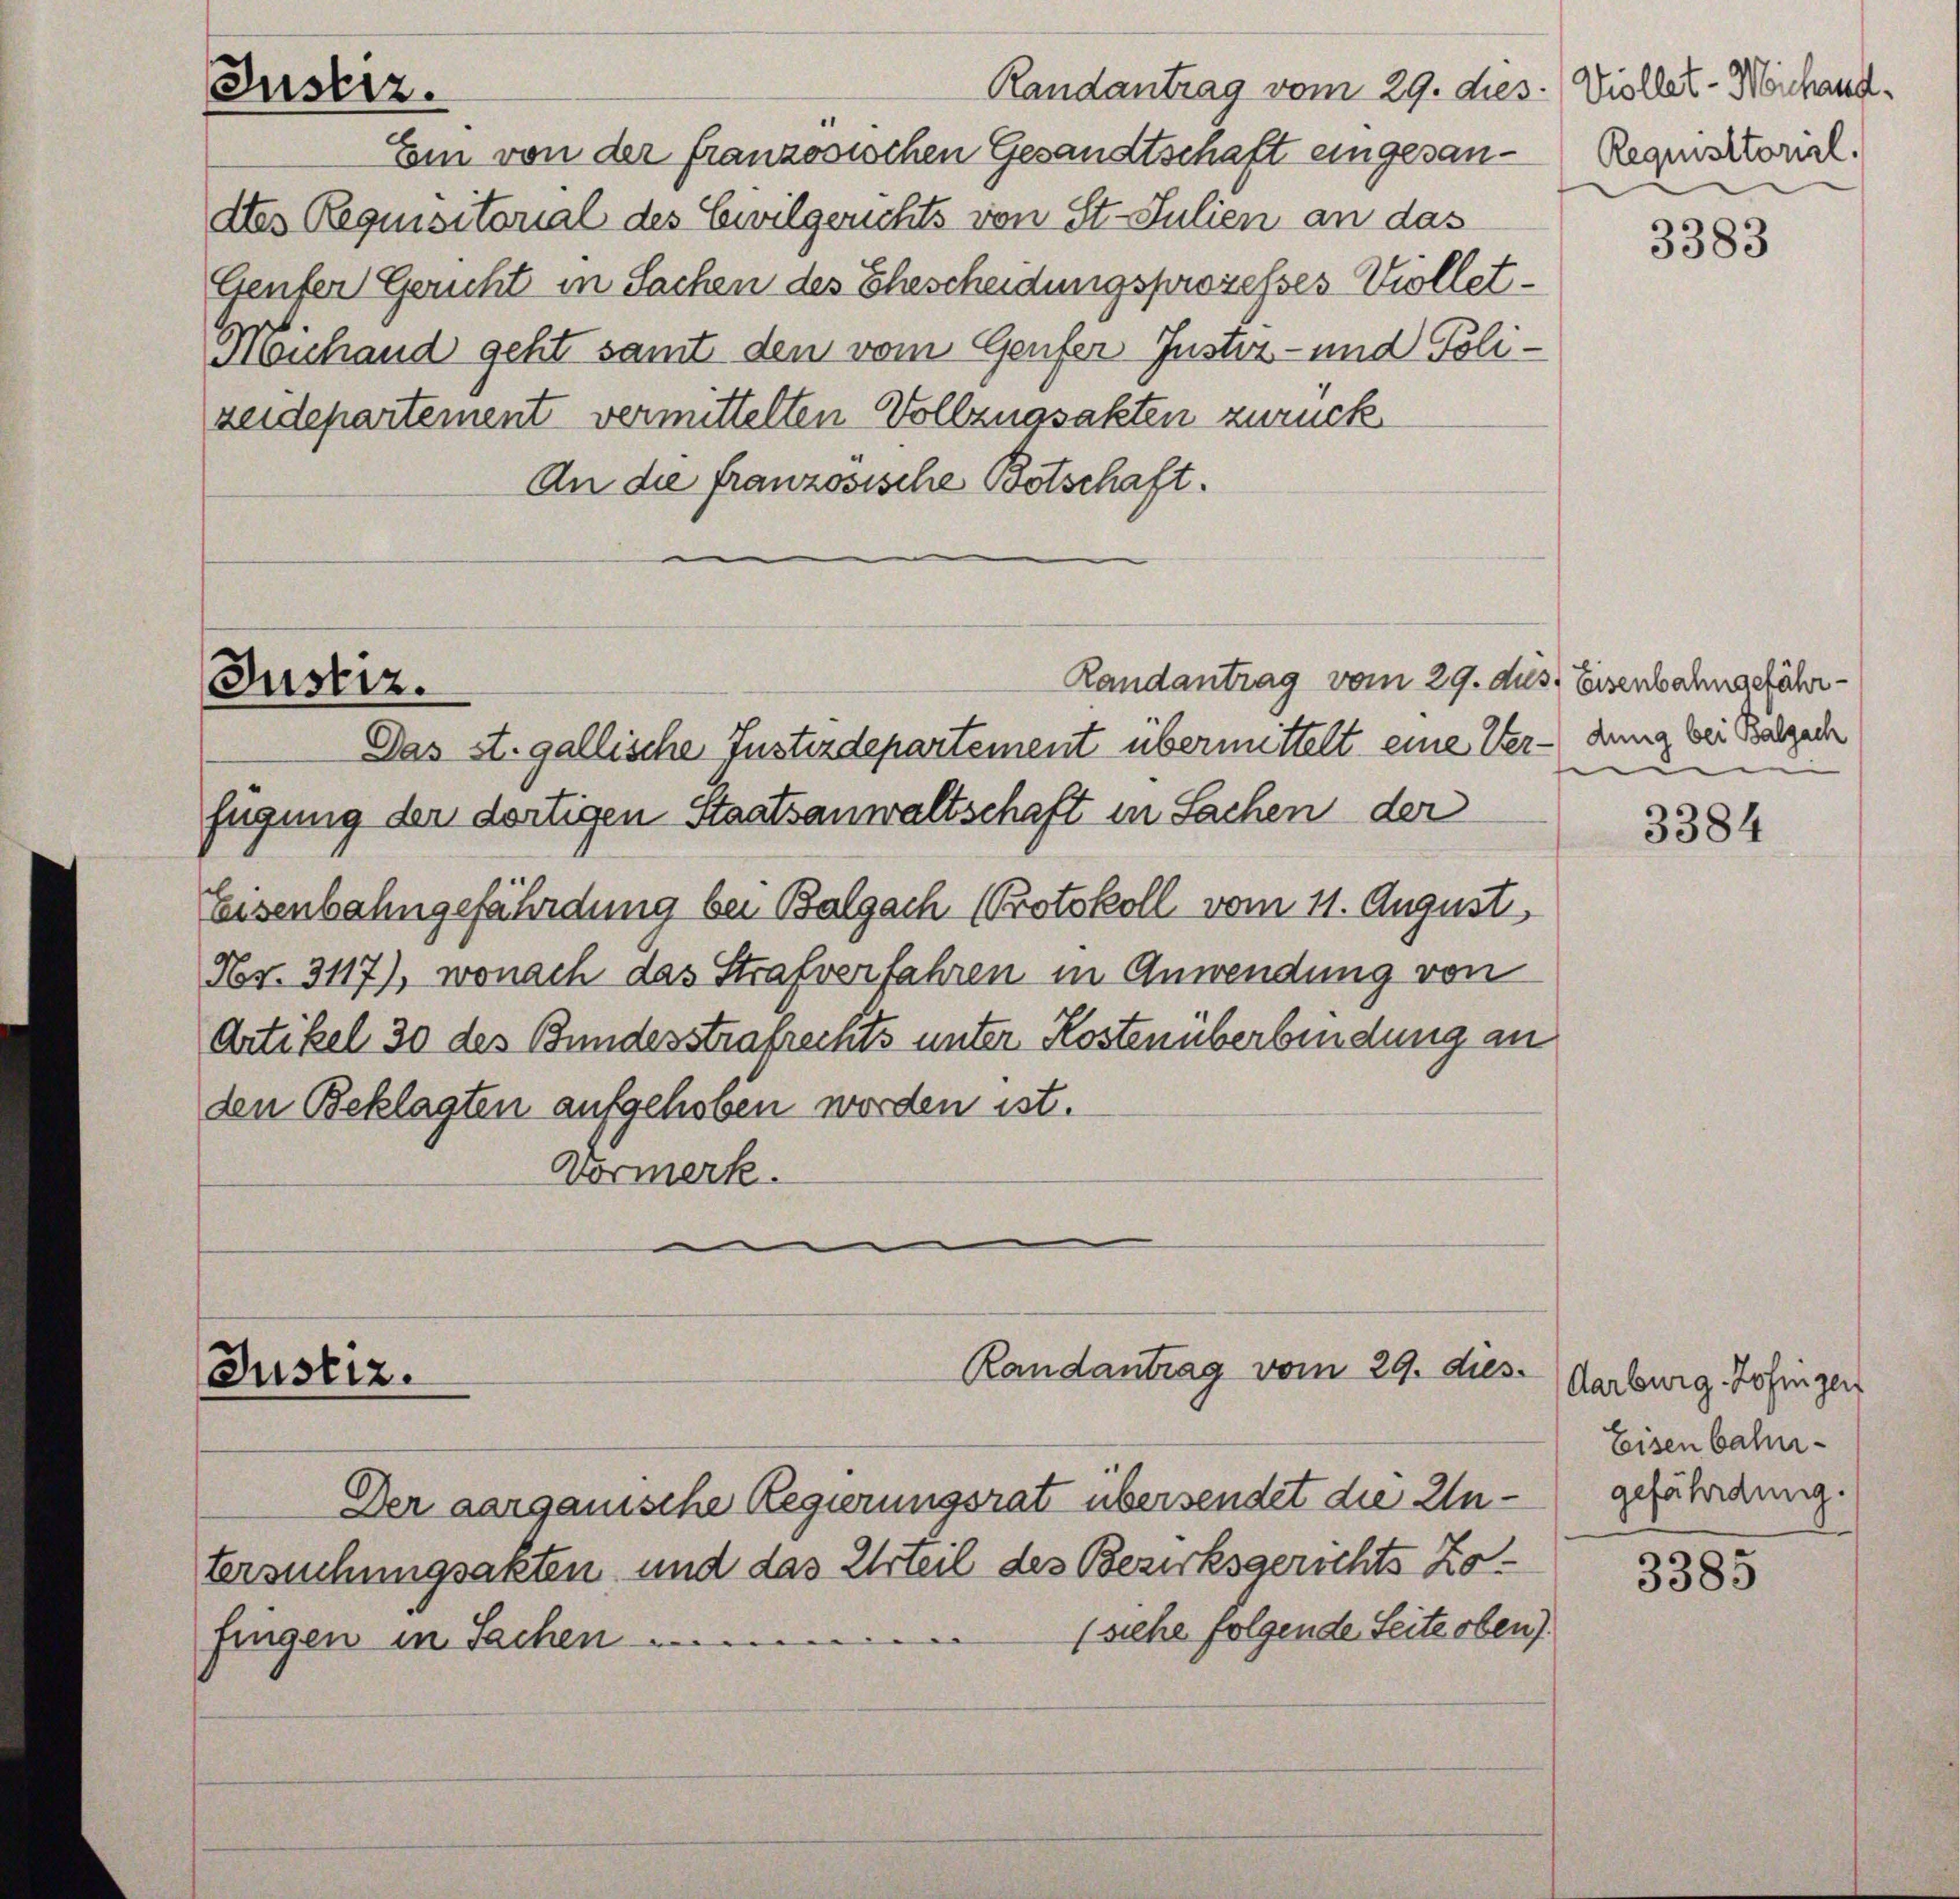
Randantrag vom 29. dies
Justiz.
Ein von der französischen Gesandtschaft eingesandtes Requisitorial des Civilgerichts von St. Julien an das
Genfer Gericht in Sachen des Ehescheidungsprozesses Viollet¬
Michand geht samt den vom Genfer Justiz- und Polizeidepartement vermittelten Vollzugsakten zurück

An die französische Botschaft.

Randantrag vom 29. dus. Eisenbahngefähr¬
Justiz.
Das A. gallische Justizdepartement übermittelt eine Verfügung der dortigen Staatsanwaltschaft in Sachen der
Eisenbahngefährdung bei Balgach Protokoll vom 11. August
Ns. 3117), wonach das Strafverfahren in Anwendung von
Artikel 30 des Bundesstrafrechts unter Kostenüberbindung an
den Beklagten aufgehoben worden ist.
Vormerk.
Randantrag vom 29. dies
Justiz.

Der aarganische Regierungsrat übersendet die Un¬

Viollet - Michand¬
Requisitorial.
3383

tersuchungsakten und das Urteil des Bezirksgerichts Zo¬
(siehe folgende Seite oben).
fingen in Sachen ....

dung bei Balgach

Aarburg, Zofingen
Eisenbahn-
gefährdung.

3384

3385